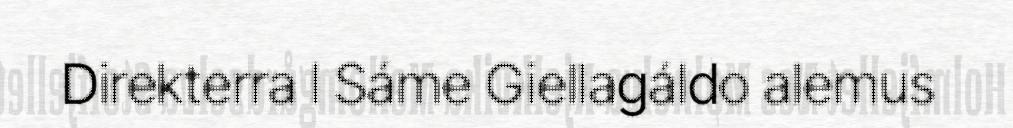
Direkterra l Sáme Giellagáldo alemus